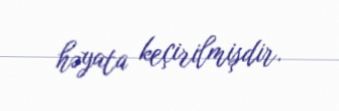
həyata keçirilmişdir.